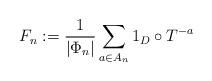
LaTeX: \begin{align*}F_{n}:=\frac{1}{|\Phi_{n}|}\sum_{a\in A_{n}} 1_{D}\circ T^{-a}\end{align*}